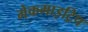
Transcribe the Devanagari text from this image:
मेकमाइट्रिप